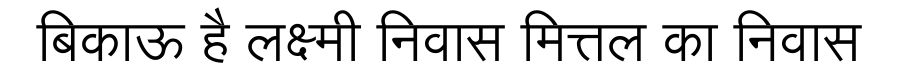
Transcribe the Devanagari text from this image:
बिकाऊ है लक्ष्मी निवास मित्तल का निवास